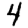
Digit: 4